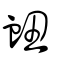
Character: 衂